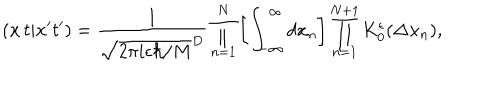
LaTeX: ( { \bf x } \, t \vert { \bf x } ^ { \prime } t ^ { \prime } ) = \frac { 1 } { \sqrt { 2 \pi i \epsilon \hbar / M } ^ { D } } \prod _ { n = 1 } ^ { N } \left[ \int _ { - \infty } ^ { \infty } d x _ { n } \right] \prod _ { n = 1 } ^ { N + 1 } K _ { 0 } ^ { \epsilon } ( \Delta { \bf x } _ { n } ) ,